Civil Veterinary Department. Central Provinces & Berar 1932-41 - 1932-1941
Year: 1932
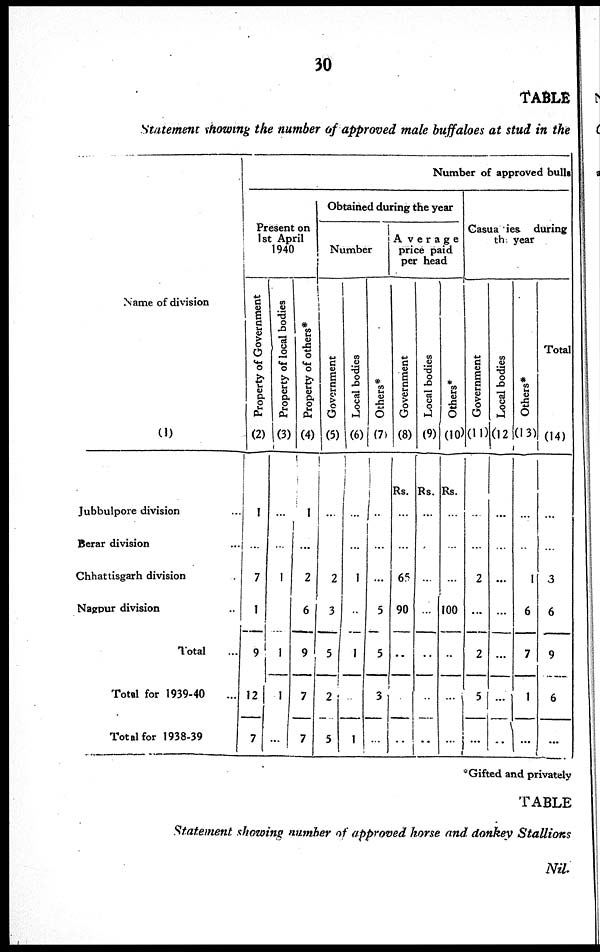
30
TABLE
Statement showing the number of approved male buffaloes at stud in the
Name of division
(1)
Jubbulpore division ...
Berar division ...
Chhattisgarh division
Nagpur division ..
Total ...
Total for 1939-40 ...
Total for 1938-39
Number of approved bulls
Present on
1st April
1940
Property of Government
(2)
1
...
7
1
9
12
7
Property of local bodies
(3)
...
...
1
1
1
...
Property of others*
(4)
1
...
2
6
9
7
7
Obtained during the year
Number
Government
(5)
...
...
2
3
5
2
5
Local bodies
(6)
1
...
...
1
...
1
...
1
Others*
(7)
.. ...
...
...
5
5
3
...
Average
price paid
per head
Government
(8)
Rs.
...
...
65
90
..
..
Local bodies
(9)
Rs.
...
...
...
...
..
..
..
Others*
(10)
Rs.
...
...
...
100
..
...
...
Casualties
during
the year
Government
(11)
...
...
2
...
2
5
...
Local bodies
(12
...
...
...
...
...
...
..
Others*
(13)
...
...
1
6
7
1
...
Total
(14)
...
...
3
6
9
6
...
* Gifted and privately
TABLE
Statement showing number of approved horse and donkey Stallions
Nil.